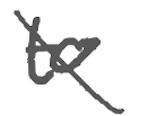
Text: to
Cross-out: diagonal
Writing tool: digital_gray